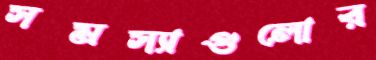
সমস্যাগুলোর